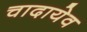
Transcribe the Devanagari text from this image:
चादायेव